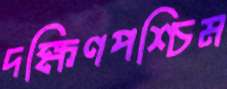
দক্ষিণপশ্চিম